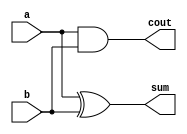
`timescale 1ns / 1ps
//////////////////////////////////////////////////////////////////////////////////
// Company: 
// Engineer: 
// 
// Design Name: 
// Module Name:    multiplier_4_bit 
// Project Name: 
// Target Devices: 
// Tool versions: 
// Description: 
//
// Dependencies: 
//
// Revision: 
// Revision 0.01 - File Created
// Additional Comments: 
//
//////////////////////////////////////////////////////////////////////////////////t
module h_a(input a,b,
output sum,cout);
assign sum=a^b;
assign cout=a&b;
endmodule
  module f_a(input a,b,cin,
output sum,cout);
assign sum=a^b^cin;
assign cout=(a&b)|(b&cin)|(cin&a);
   endmodule
module multiplier_4_bit(input[3:0]a,b,
output[6:0]s,
output cout);
wire[15:0]c;
wire w1;
assign s[0]=a[0]&b[0];
 
 h_a ha1(a[1]&b[0],a[0]&b[1],s[1],c[0]);
  h_a ha2(a[0]&b[2],c[1],s[2],c[3]);
  h_a ha3(a[0]&b[3],c5,s[3],c[8]);
 h_a ha4(a[1]&b[3],c[9],s[4],c[12]);
 f_a fa1(a[2]&b[0],a[1]&b[1],c[0],c[1],c[2]);
 f_a fa2(a[3]&b[0],a[2]&b[1],c[2],c[4],c[6]);
 f_a fa3(a[1]&b[2],c[4],c[3],c[5],c[7]);
 f_a fa4(a[3]&b[1],c[6],c[7],w1,c[10]);
 f_a fa5(a[2]&b[2],w1,c[9],c[11]);
 f_a fa6(a[3]&b[2],c[10],c[11],c[13],c[14]);
 f_a fa7(a[2]&b[3],c[13],c[12],s[5],c[15]);
 f_a fa8(a[3]&b[3],c[14],c[15],s[6],cout);
 
endmodule